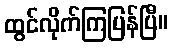
ထွင်လိုက်ကြပြန်ပြီ။